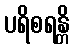
ပရိစရန္တိ